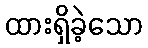
ထားရှိခဲ့သော